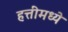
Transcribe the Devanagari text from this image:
हत्तींमध्ये